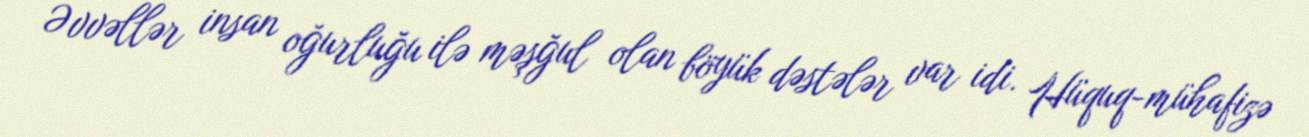
Əvvəllər insan oğurluğu ilə məşğul olan böyük dəstələr var idi. Hüquq-mühafizə